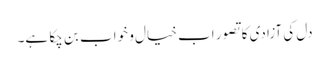
دل کی آزادی کا تصور اب خیال و خواب بن چکا ہے۔